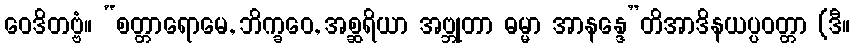
ဝေဒိတဗ္ဗံ။ “စတ္တာရောမေ, ဘိက္ခဝေ, အစ္ဆရိယာ အဗ္ဘုတာ ဓမ္မာ အာနန္ဒေ”တိအာဒိနယပ္ပဝတ္တာ (ဒီ။